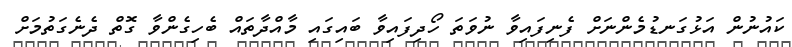
ކައުނުން އަޅުގަނޑުމެންނަށް ފެނިފައިވާ ނުވަތަ ހޯދިފައިވާ ބައިގައި މާއްދާތައް ބެހިގެންވާ ގޮތް ދެނެގަތުމަށް